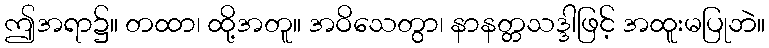
ဤအရာ၌။ တထာ၊ ထို့အတူ။ အဝိသေတွာ၊ နာနတ္တသဒ္ဒါဖြင့် အထူးမပြုဘဲ။